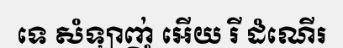
ទេ សំឡាញ់ អើយ រី ដំណើរ